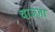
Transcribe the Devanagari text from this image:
वाज़्ज़ा